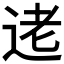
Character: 𫐥